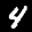
Label: 4